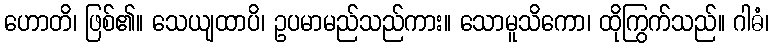
ဟောတိ၊ ဖြစ်၏။ သေယျထာပိ၊ ဥပမာမည်သည်ကား။ သောမူသိကော၊ ထိုကြွက်သည်။ ဂါဓံ၊